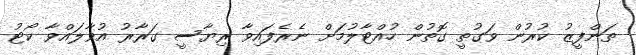
ތަންފީޒު ކުރުން ވަގުތީ ގޮތުން ހުއްޓާލުމަށް ނެރެފައިވާ ރިޔާސީ ގަރާރު އުވާލައްވާ ކޯޓު